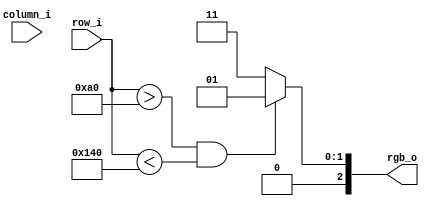
module pattgen2(
// lista de porturi

 output 	[2:0] rgb_o,					
 input 		[9:0] row_i,	      
 input 		[9:0] column_i		
);

//lista parametrii interni
//localparam x2 = 160; // prima treime din imagine (480/3)
//localparam x3 = 320; 
 
//culori
localparam GREEN     = 3'b010;
localparam RED	     = 3'b100;
localparam BLUE	     = 3'b001;
localparam CYAN      = 3'b011;
		


assign rgb_o = ((row_i > 160) & (row_i < 320))? BLUE : CYAN;


endmodule